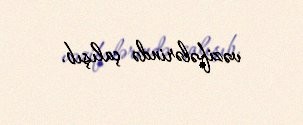
vəzifələrində çalışıb.